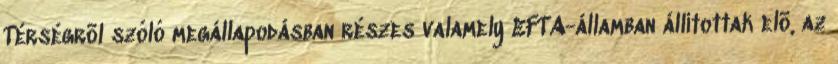
Térségrõl szóló megállapodásban részes valamely EFTA-államban állítottak elõ, az